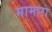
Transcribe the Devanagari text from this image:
मामारा